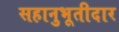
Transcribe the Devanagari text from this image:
सहानुभूतीदार